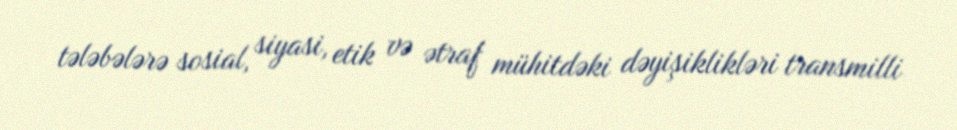
tələbələrə sosial, siyasi, etik və ətraf mühitdəki dəyişiklikləri transmilli